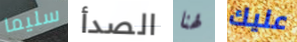
سليما الصدأ لهنا عليك